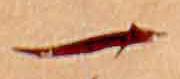
一